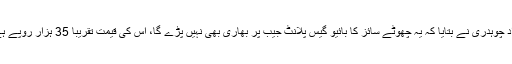
فواد چوہدری نے بتایا کہ یہ چھوٹے سائز کا بائیو گیس پلانٹ جیب پر بھاری بھی نہیں پڑے گا، اس کی قیمت تقریباً 35 ہزار روپے ہے۔